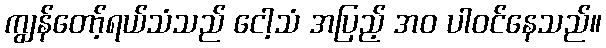
ကျွန်တော့်ရယ်သံသည် ငေါ့သံ အပြည့် အဝ ပါဝင်နေသည်။